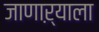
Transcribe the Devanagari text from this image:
जाणाऱ्याला